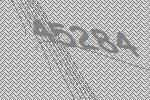
45284